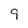
Character: 9